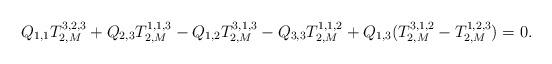
LaTeX: \begin{align*}Q_{1,1}T_{2,M}^{3,2,3}+Q_{2,3}T_{2,M}^{1,1,3}-Q_{1,2}T_{2,M}^{3,1,3}-Q_{3,3}T_{2,M}^{1,1,2}+Q_{1,3}(T_{2,M}^{3,1,2}-T_{2,M}^{1,2,3})=0.\end{align*}